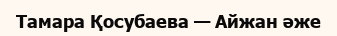
Тамара Қосубаева — Айжан әже